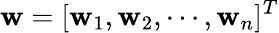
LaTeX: \mathbf{w}=[\mathbf{w}_{1},\mathbf{w}_{2},\cdots,\mathbf{w}_{n}]^{T}